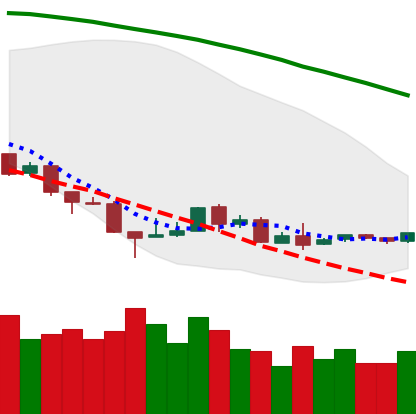
Ticker: ETH-USD
Chart end date: 2018-08-27
Forward return: 3.41%
Label: up_3_5